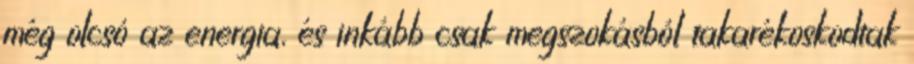
még olcsó az energia, és inkább csak megszokásból takarékoskodtak